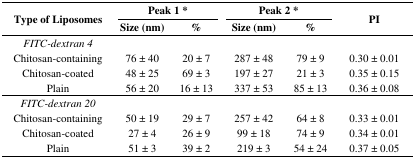
<table><thead><tr><td rowspan="2"><b>Type of Liposomes</b></td><td colspan="2"><b>Peak 1 *</b></td><td colspan="2"><b>Peak 2 *</b></td><td rowspan="2"><b>PI</b></td></tr><tr><td><b>Size (nm)</b></td><td><b>%</b></td><td><b>Size (nm)</b></td><td><b>%</b></td></tr></thead><tbody><tr><td><i>FITC-dextran 4</i></td><td></td><td></td><td></td><td></td><td></td></tr><tr><td>Chitosan-containing</td><td>76 ± 40</td><td>20 ± 7</td><td>287 ± 48</td><td>79 ± 9</td><td>0.30 ± 0.01</td></tr><tr><td>Chitosan-coated</td><td>48 ± 25</td><td>69 ± 3</td><td>197 ± 27</td><td>21 ± 3</td><td>0.35 ± 0.15</td></tr><tr><td>Plain</td><td>56 ± 20</td><td>16 ± 13</td><td>337 ± 53</td><td>85 ± 13</td><td>0.36 ± 0.08</td></tr><tr><td><i>FITC-dextran 20</i></td><td></td><td></td><td></td><td></td><td></td></tr><tr><td>Chitosan-containing</td><td>50 ± 19</td><td>29 ± 7</td><td>257 ± 42</td><td>64 ± 8</td><td>0.33 ± 0.01</td></tr><tr><td>Chitosan-coated</td><td>27 ± 4</td><td>26 ± 9</td><td>99 ± 18</td><td>74 ± 9</td><td>0.34 ± 0.01</td></tr><tr><td>Plain</td><td>51 ± 3</td><td>39 ± 2</td><td>219 ± 3</td><td>54 ± 24</td><td>0.37 ± 0.05</td></tr></tbody></table>